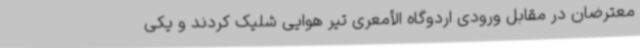
معترضان در مقابل ورودی اردوگاه الأمعری تیر هوایی شلیک کردند و یکی